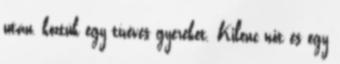
után, köztük egy tízéves gyereket. Kilenc nőt és egy